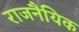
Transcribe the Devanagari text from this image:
राजनैयिक